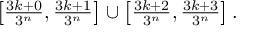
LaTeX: \textstyle \left[ { \frac { 3 k + 0 } { 3 ^ { n } } } , { \frac { 3 k + 1 } { 3 ^ { n } } } \right] \cup \left[ { \frac { 3 k + 2 } { 3 ^ { n } } } , { \frac { 3 k + 3 } { 3 ^ { n } } } \right] .